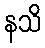
နသိ